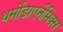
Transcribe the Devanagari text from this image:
थर्मोडाएनैमिक्स